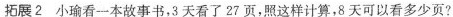
拓展2 小瑜看一本故事书，3天看了27页，照这样计算，8天可以看多少页?